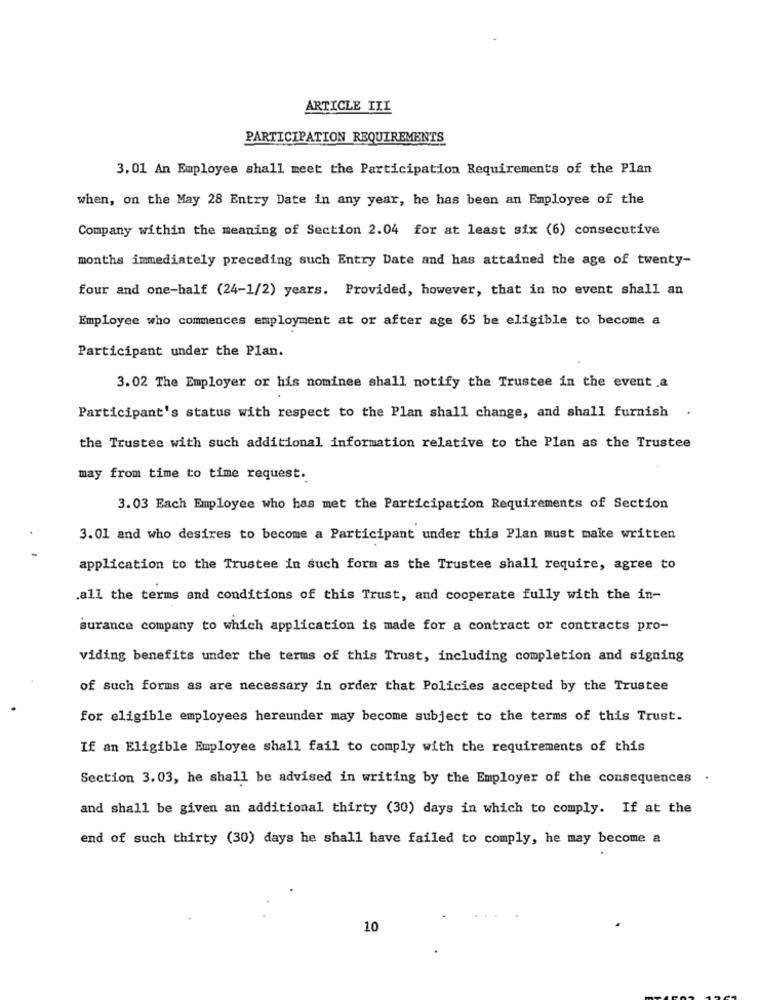
ARTICLE III
PARTICIPATION REQUIREMENTS
3.01 An Employee shall meet the Participation Requirements of the Plan
when, on the May 28 Entry Date in any year, he has been an Employee of the
Company within the meaning of Section 2.04 for at least six (6) consecutive
months immediately preceding such Entry Date and has attained the age of twenty-
four and one-half (24-1/2) years. Provided, however, that in no event shall an
Employee who commences employment at or after age 65 be eligible to become a
Participant under the Plan.
3.02 The Employer or his nominee shall notify the Trustee in the event .a
Participant's status with respect to the Plan shall change, and shall furnish
the Trustee with such additional information relative to the Plan as the Trustee
may from time to time request.
3.03 Each Employee who has met the Participation Requirements of Section
3.01 and who desires to become a Participant under this Plan must make written
application to the Trustee in such form as the Trustee shall require, agree to
.all the terms and conditions of this Trust, and cooperate fully with the in-
surance company to which application is made for a contract or contracts pro-
viding benefits under the terms of this Trust, including completion and signing
of such forms as are necessary in order that Policies accepted by the Trustee
for eligible employees hereunder may become subject to the terms of this Trust.
If an Eligible Employee shall fail to comply with the requirements of this
Section 3.03, he shall be advised in writing by the Employer of the consequences .
and shall be given an additional thirty (30) days in which to comply. If at the
end of such thirty (30) days he shall have failed to comply, he may become a
10